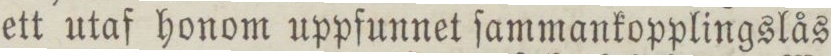
ett utaf honom uppfunnet ſammankopplingslås